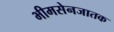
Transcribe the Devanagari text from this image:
भीमसेनजातक